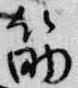
筋